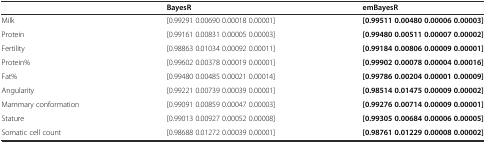
<table><thead><tr><td>[EMPTY_CELL]</td><td><b>BayesR</b></td><td><b>emBayesR</b></td></tr></thead><tbody><tr><td>Milk</td><td>[0.99291 0.00690 0.00018 0.00001]</td><td><b>[0.99511 0.00480 0.00006 0.00003]</b></td></tr><tr><td>Protein</td><td>[0.99161 0.00831 0.00005 0.00003]</td><td><b>[0.99480 0.00511 0.00007 0.00002]</b></td></tr><tr><td>Fertility</td><td>[0.98863 0.01034 0.00092 0.00011]</td><td><b>[0.99184 0.00806 0.00009 0.00001]</b></td></tr><tr><td>Protein%</td><td>[0.99602 0.00378 0.00019 0.00001]</td><td><b>[0.99902 0.00078 0.00004 0.00016]</b></td></tr><tr><td>Fat%</td><td>[0.99480 0.00485 0.00021 0.00014]</td><td><b>[0.99786 0.00204 0.00001 0.00009]</b></td></tr><tr><td>Angularity</td><td>[0.99221 0.00739 0.00039 0.00001]</td><td><b>[0.98514 0.01475 0.00009 0.00002]</b></td></tr><tr><td>Mammary conformation</td><td>[0.99091 0.00859 0.00047 0.00003]</td><td><b>[0.99276 0.00714 0.00009 0.00001]</b></td></tr><tr><td>Stature</td><td>[0.99013 0.00927 0.00052 0.00008]</td><td><b>[0.99305 0.00684 0.00006 0.00005]</b></td></tr><tr><td>Somatic cell count</td><td>[0.98688 0.01272 0.00039 0.00001]</td><td><b>[0.98761 0.01229 0.00008 0.00002]</b></td></tr></tbody></table>